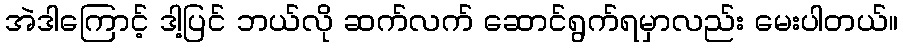
အဲဒါကြောင့် ဒါ့ပြင် ဘယ်လို ဆက်လက် ဆောင်ရွက်ရမှာလည်း မေးပါတယ်။